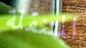
المتنقلة